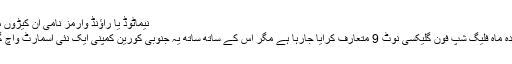
نیماٹوڈ یا راﺅنڈ وارمز نامی ان کیڑوں میں سے ایک کو ایک کھدائی کے …
اسلام آباد: سام سنگ کی جانب سے آئندہ ماہ فلیگ شپ فون گلیکسی نوٹ 9 متعارف کرایا جارہا ہے مگر اس کے ساتھ ساتھ یہ جنوبی کورین کمپنی ایک نئی اسمارٹ واچ گلیکسی واچ بھی پیش کرنے والی ہے۔